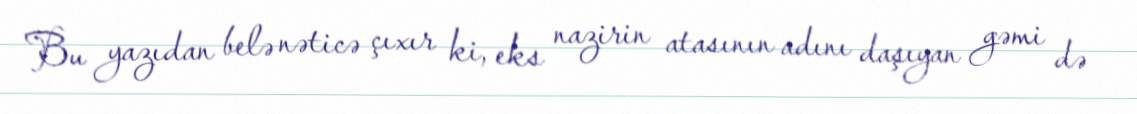
Bu yazıdan belə nəticə çıxır ki, eks nazirin atasının adını daşıyan gəmi də